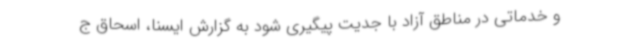
و خدماتی در مناطق آزاد با جدیت پیگیری شود به گزارش ایسنا، اسحاق ج